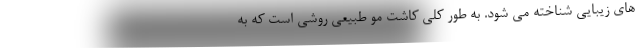
های زیبایی شناخته می شود. به طور کلی کاشت مو طبیعی روشی است که به